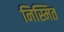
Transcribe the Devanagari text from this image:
निस्मित